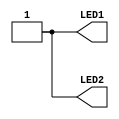
module main (output  LED1, output  LED2);
assign LED1 = 1'b1;
assign LED2 = 1'b1;
endmodule